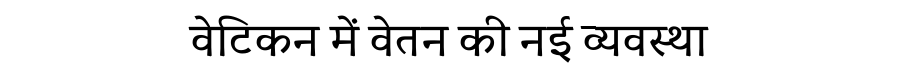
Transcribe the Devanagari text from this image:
वेटिकन में वेतन की नई व्यवस्था